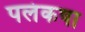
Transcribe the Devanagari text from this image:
पलंकषा